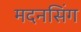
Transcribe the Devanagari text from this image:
मदनसिंग